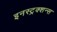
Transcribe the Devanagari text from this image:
इनस्ट्रक्शन्स